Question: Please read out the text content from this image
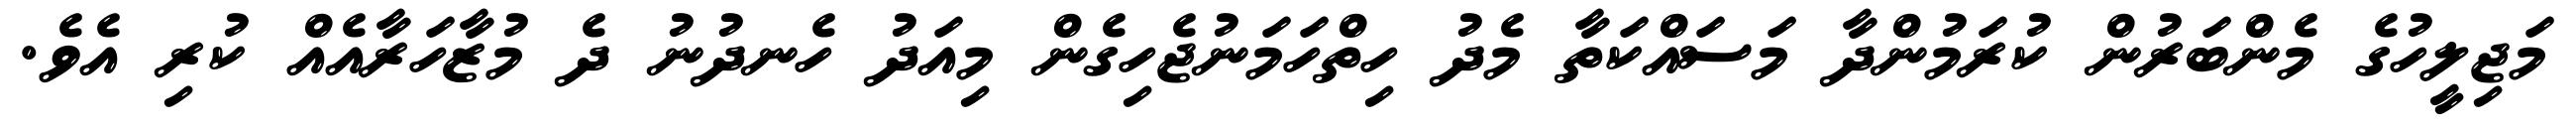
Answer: މަޖިލީހުގެ މެންބަރުން ކުރަމުންދާ މަސައްކަތާ މެދު ހިތްހަމަނުޖެހިގެން މިއަދު ހެނދުނު ދެ މުޒާހަރާއެއް ކުރި އެވެ.